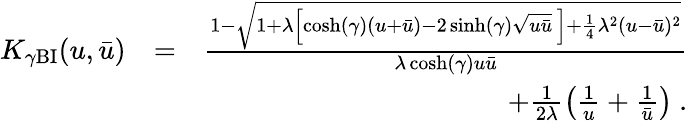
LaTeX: \begin{array}{rlr}{K_{\gamma\mathrm{BI}}(u,\bar{u})}&{=}&{\frac{1-\sqrt{1+\lambda\left[\cosh(\gamma)(u+\bar{u})-2\sinh(\gamma)\sqrt{u\bar{u}}\, \right]+\frac{1}{4}\lambda^{2}(u-\bar{u})^{2}}}{\lambda\cosh(\gamma)u\bar{u}}}\\ &{}&{+\frac{1}{2\lambda}\left(\frac{1}{u}+\frac{1}{\bar{u}}\right)~.}\end{array}